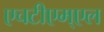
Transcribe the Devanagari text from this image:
एचटीएम्एल